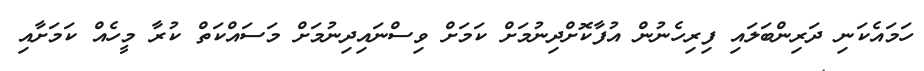
ހަމައެކަނި ދަރިންބަލައި ފިރިހެނުން އުފާކޮށްދިނުމަށް ކަމަށް ވިސްނައިދިނުމަށް މަސައްކަތް ކުރާ މީހެއް ކަމަށާއި